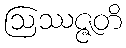
ဩဿဇ္ဇတိ